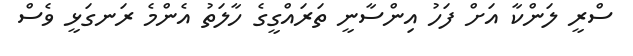
ސްރީ ލަންކާ އަށް ފަހު އިންސާނީ ތަރައްގީގެ ހާލަތު އެންމެ ރަނގަޅީ ވެސް